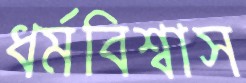
ধর্মবিশ্বাস